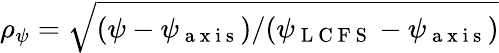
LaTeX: \rho_{\psi}=\sqrt{(\psi-\psi_{\mathrm{~a~x~i~s~}})/(\psi_{\mathrm{~L~C~F~S~}}-\psi_{\mathrm{~a~x~i~s~}})}